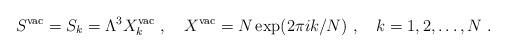
LaTeX: \begin{align*}S^{\rm vac}=S_k= \Lambda^3 X^{\rm vac}_k~,~~~X^{\rm vac}=N\exp(2\pi ik/N)~,~~~k=1,2, \dots,N~.\end{align*}